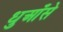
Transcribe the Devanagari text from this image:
धुआँसे